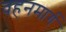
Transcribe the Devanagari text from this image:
वहनमार्ग